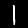
Digit: 1